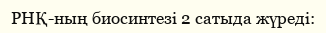
РНҚ-ның биосинтезi 2 сатыда жүредi: